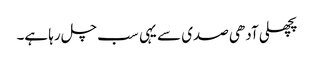
پچھلی آدھی صدی سے یہی سب چل رہا ہے۔